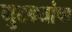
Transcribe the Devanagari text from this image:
मुटक्यांचा